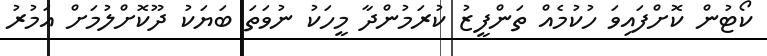
ކޯޓުން ކޮށްފައިވަ ހުކުމެއް ތަންފީޒު ކުރަމުންދާ މީހަކު ނުވަތަ ބަޔަކު ދޫކޮށްލުމަށް އަމުރު